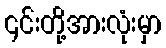
၎င်းတို့အားလုံးမှာ